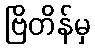
ဗြိတိန်မှ